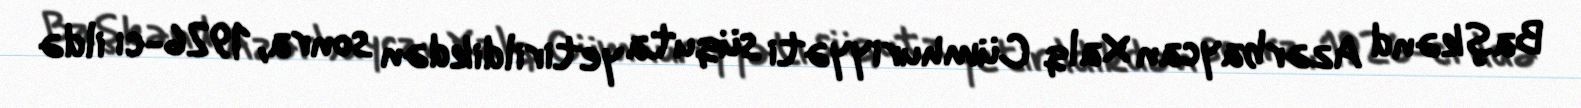
Başkənd Azərbaycan Xalq Cümhuriyyəti süquta yetirildikdən sonra, 1926-cı ildə